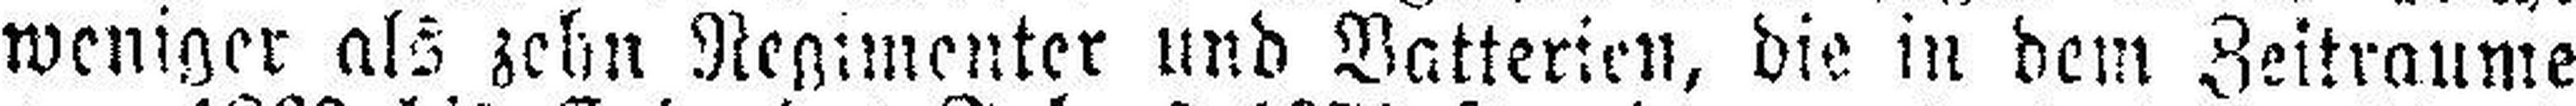
weniger als zehn Regimenter und Vatterien, die in dem Zeitraume